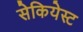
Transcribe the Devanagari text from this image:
सेकियेस्ट